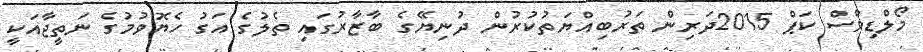
މޯލްޑިވްސް ކަޕް 2015ދަރިން ތަރުބިއްޔަތުކުރުން ދުނިޔޭގެ ބާޒާރުގައި ތެލުގެ އަގު ހެޔޮވުމުގެ ނަތީޖާއަކީ